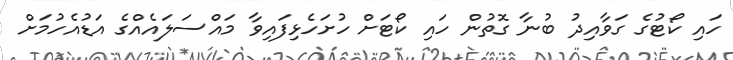
ހައި ކޯޓުގެ ގަވާއިދު ބުނާ ގޮތުން ހައި ކޯޓަށް ހުށަހެޅިފައިވާ މައްސަލައެއްގެ އަޑުއެހުމަށް